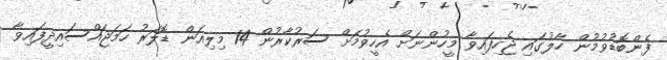
ފެންބޮޑުވުމުން ހާލުގައި ޖެހިފައިވާ މީހުންނަށް އެހީވުމަށް ސަރުކާރުން 14 މިލިއަން ޑޮލަރު ހަމަޖައްސައިދީފައިވާ